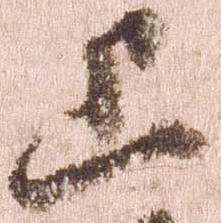
上